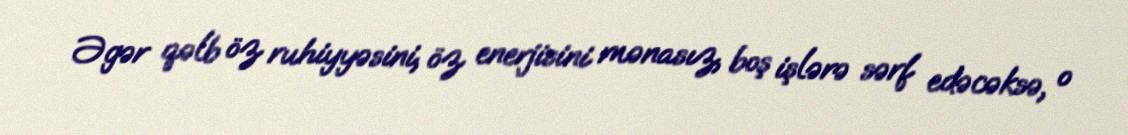
Əgər qəlb öz ruhiyyəsini, öz enerjisini mənasız, boş işlərə sərf edəcəksə, o